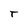
Character: T